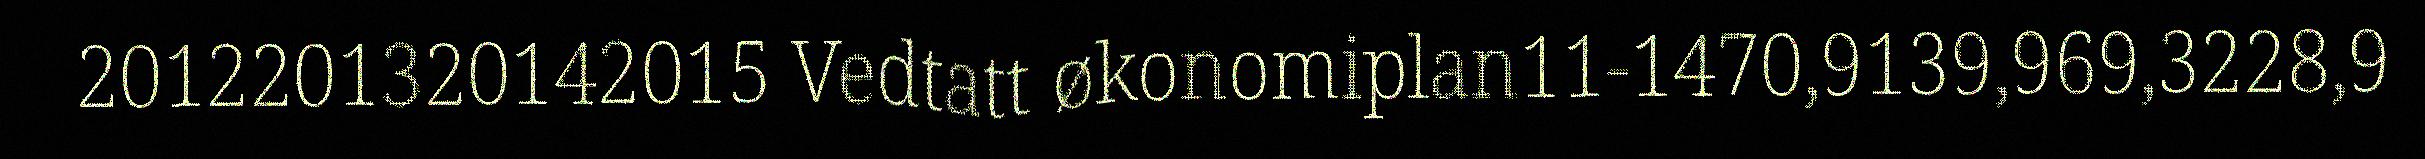
2012201320142015 Vedtatt økonomiplan11-1470,9139,969,3228,9